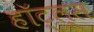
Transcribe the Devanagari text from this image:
हॉट्ल्स